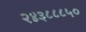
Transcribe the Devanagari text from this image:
२४३८८८५०